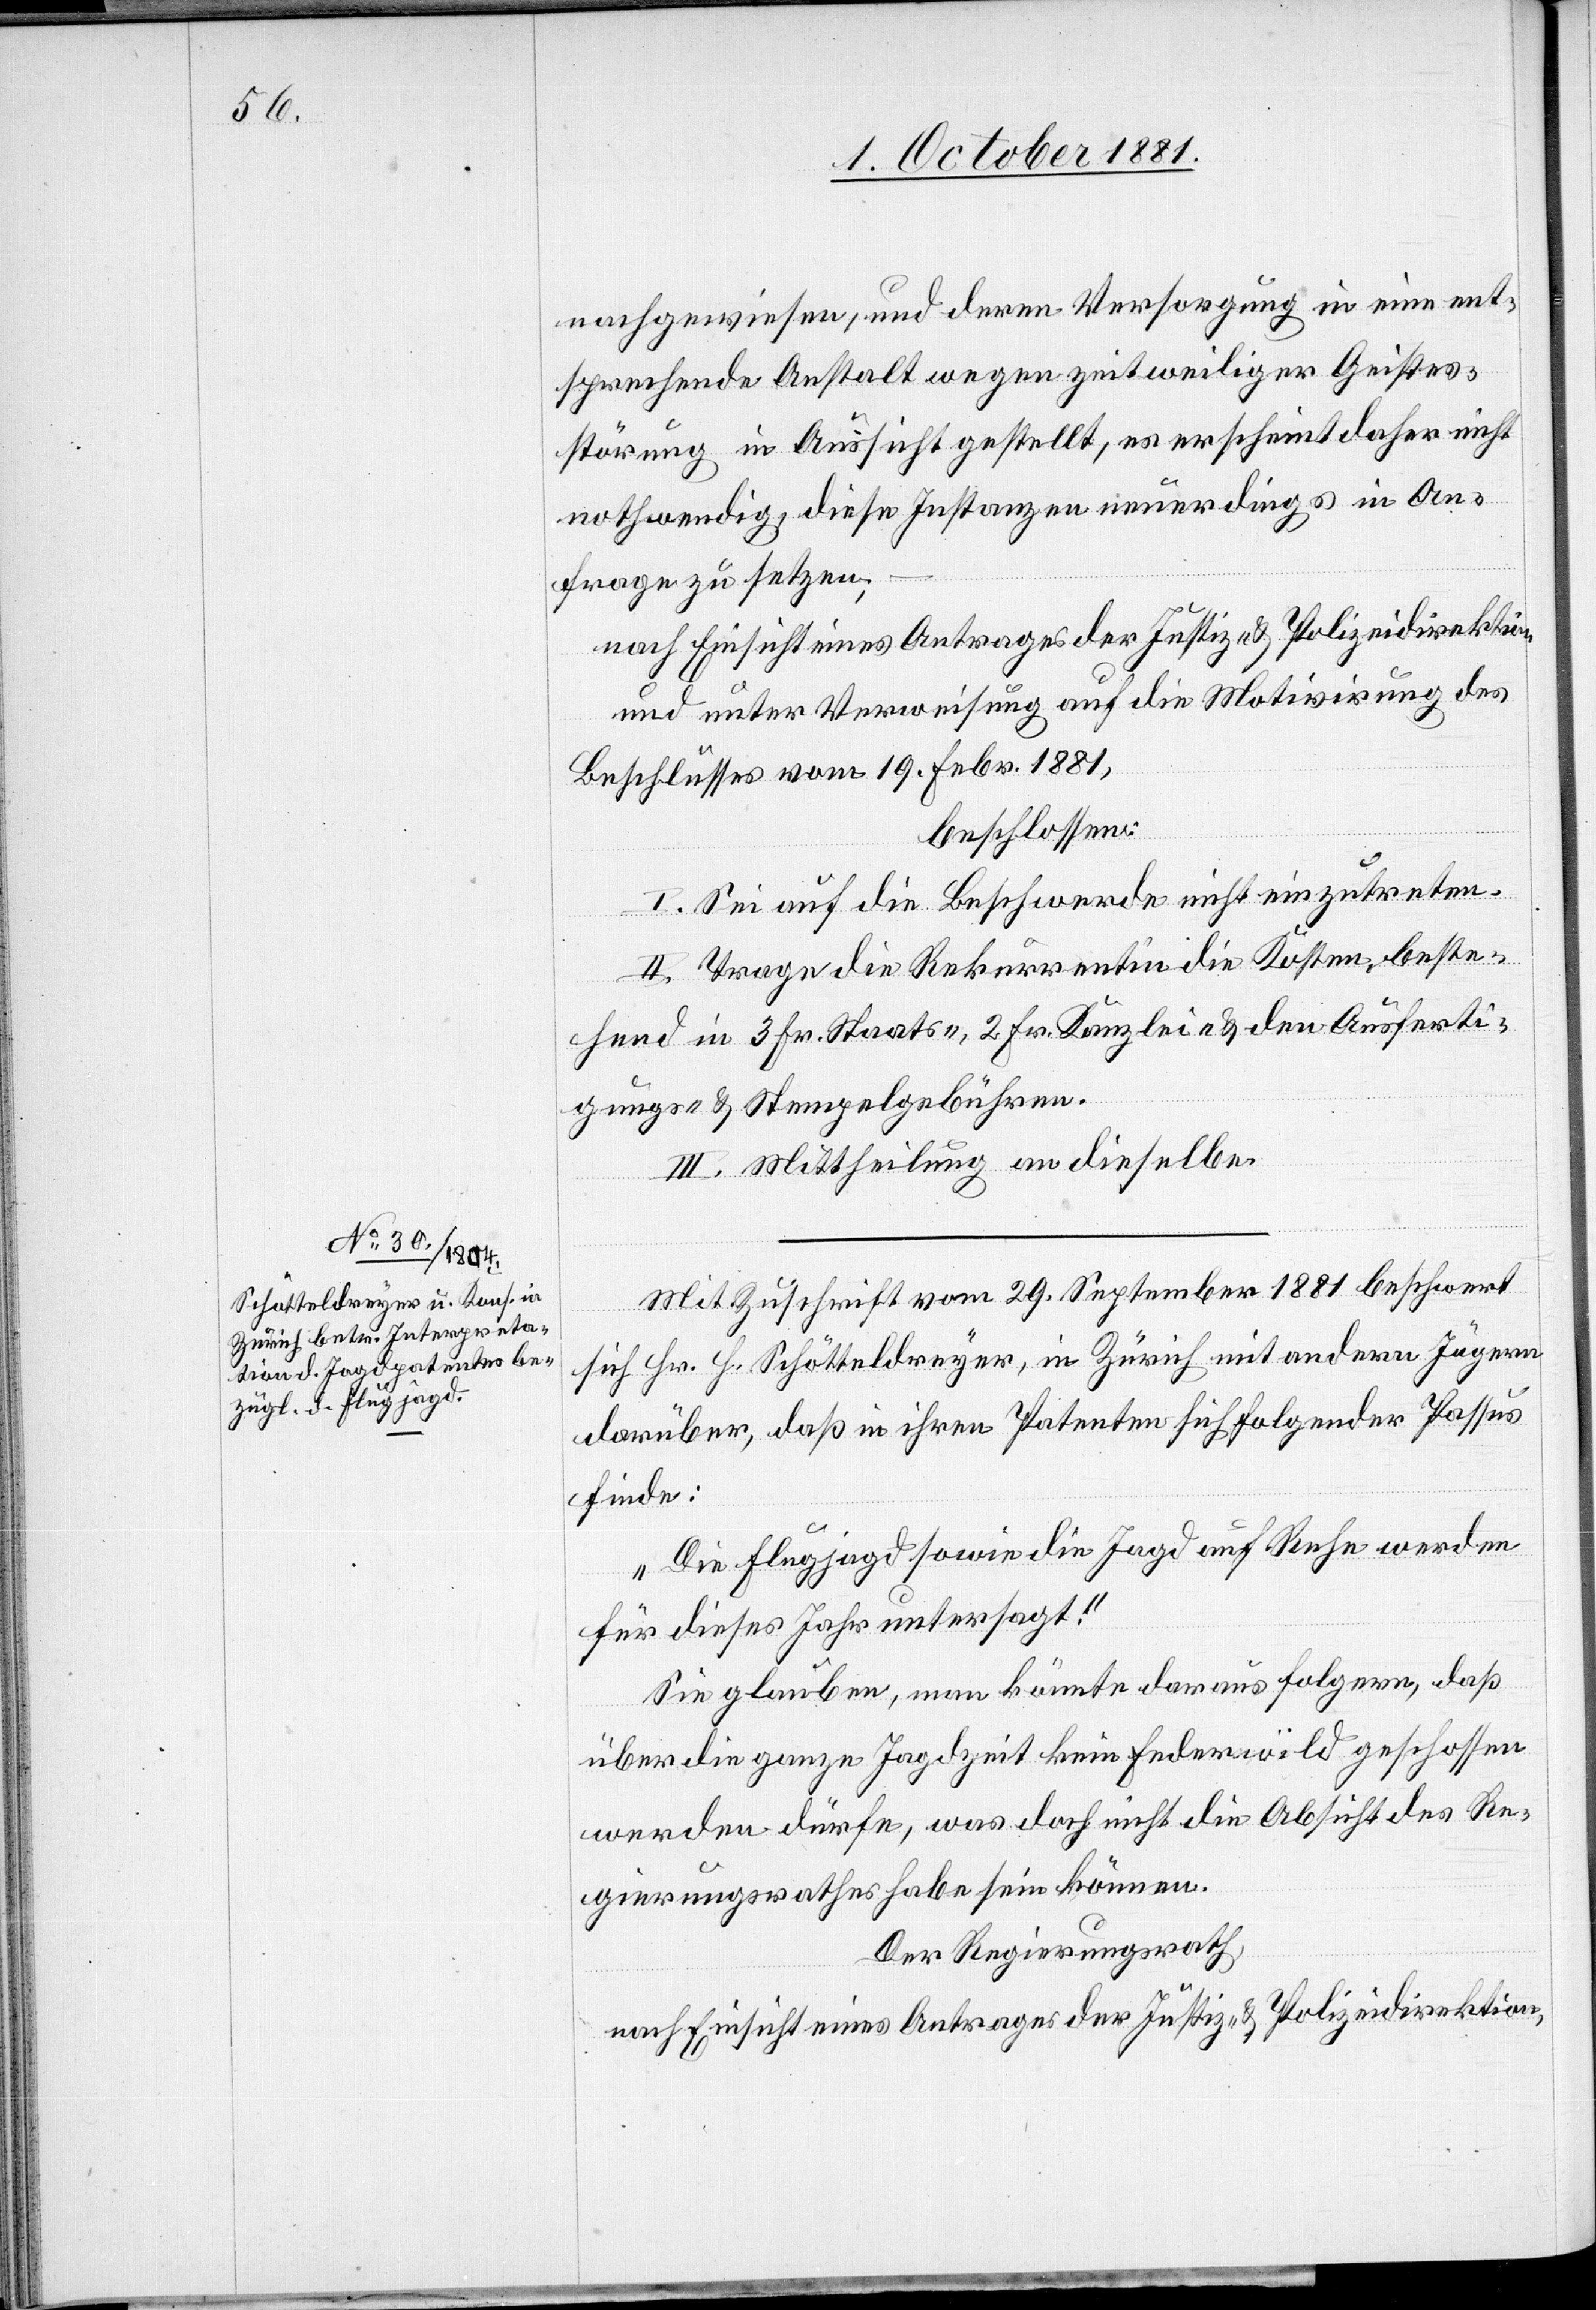
nachgewiesen, und deren Versorgung in eine ent¬
sprechende Anstalt wegen zeitweiliger Geistes¬
störung in Aussicht gestellt, es erscheint daher nicht
nothwendig, diese Instanzen neuerdings in An¬
frage zu setzten;
nach Einsicht eines Antrages der Justiz- & Polizeidirektion
und unter Verweisung auf die Motivirung des
Beschlusses vom 19. Febr. 1881,
beschlossen:
I. Sei auf die Beschwerde nicht einzutreten.
II. Trage die Rekurrentin die Kosten, beste¬
hend in 3 Fr. Staats-, 2 Fr. Kanzlei- & den Ausferti¬
gungs- & Stempelgebühren.
III. Mittheilung an dieselben.
Mit Zuschrift vom 29. September 1881 beschwert
sich Hr. H. Schötteldreyer, in Zürich mit andern Jägern
darüber, daß in ihren Patenten sich folgender Passus
finde:
„Die Flugjagd sowie die Jagd auf Rehe werden
für dieses Jahr untersagt.“
Sie glauben, man könnte daraus folgern, daß
über die ganze Jagdzeit kein Federwild geschossen
werden dürfe, was doch nicht die Absicht des Re¬
gierungsrathes habe sein können.
Der Regierungsrath,
nach Einsicht eines Antrages der Justiz- & Polizeidirektion,